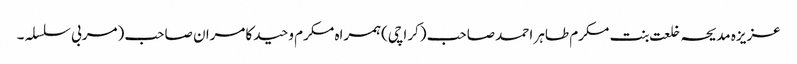
عزیزہ مدیحہ خلعت بنت مکرم طاہر احمد صاحب (کراچی)ہمراہ مکرم وحید کامران صاحب (مربی سلسلہ ۔